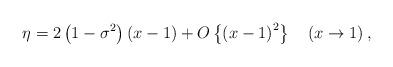
LaTeX: \begin{align*}\eta=2\left( {1-\sigma^{2}}\right) \left( {x-1}\right) +{O}\left\{ {\left( {x-1}\right) ^{2}}\right\} \quad\left( {x\rightarrow1}\right) , \end{align*}